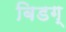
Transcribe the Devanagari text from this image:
बिडग्